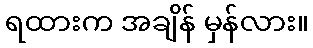
ရထားက အချိန် မှန်လား။